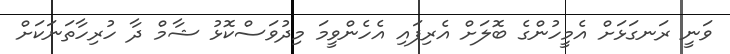
ވަނީ ރަނގަޅަށް އެމީހުންގެ ބޮލަށް އެރިފައި އެހެންވީމަ މިދުވަސްކޮޅު ޝާމް ދާ ހުރިހާތަނަކަށް